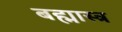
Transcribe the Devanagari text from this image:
बह्मास्त्र